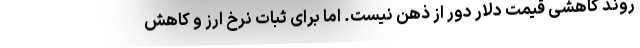
روند کاهشی قیمت دلار دور از ذهن نیست. اما برای ثبات نرخ ارز و کاهش